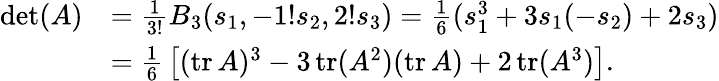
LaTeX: {\begin{array}{rl}{\operatorname*{det}(A)}&{={\frac{1}{3!}}B_{3}(s_{1},-1!s_{2},2!s_{3})={\frac{1}{6}}(s_{1}^{3}+3s_{1}(-s_{2})+2s_{3})}\\ &{={\frac{1}{6}}\left[(\operatorname{tr}A)^{3}-3\operatorname{tr}(A^{2})(\operatorname{tr}A)+2\operatorname{tr}(A^{3})\right].}\end{array}}